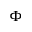
\Phi